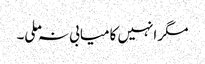
مگر انہیں کامیابی نہ ملی۔